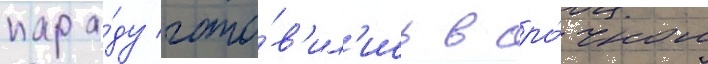
пара́ду гото́в'ил'ись в сро́чном